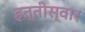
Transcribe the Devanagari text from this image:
हत्तीस्वार